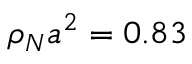
\rho _ { N } a ^ { 2 } = 0 . 8 3